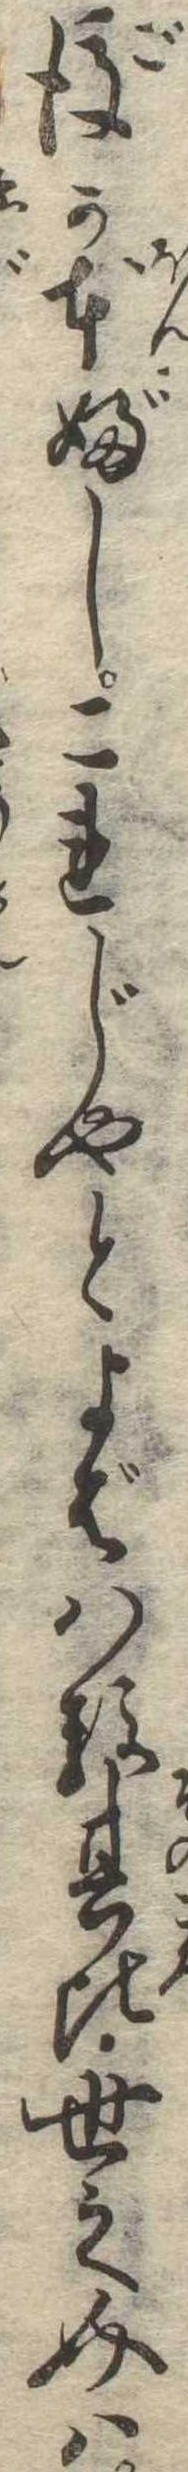
後か本ぶしこれじやとよばはる其比世之介は